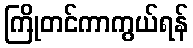
ကြိုတင်ကာကွယ်ရန်